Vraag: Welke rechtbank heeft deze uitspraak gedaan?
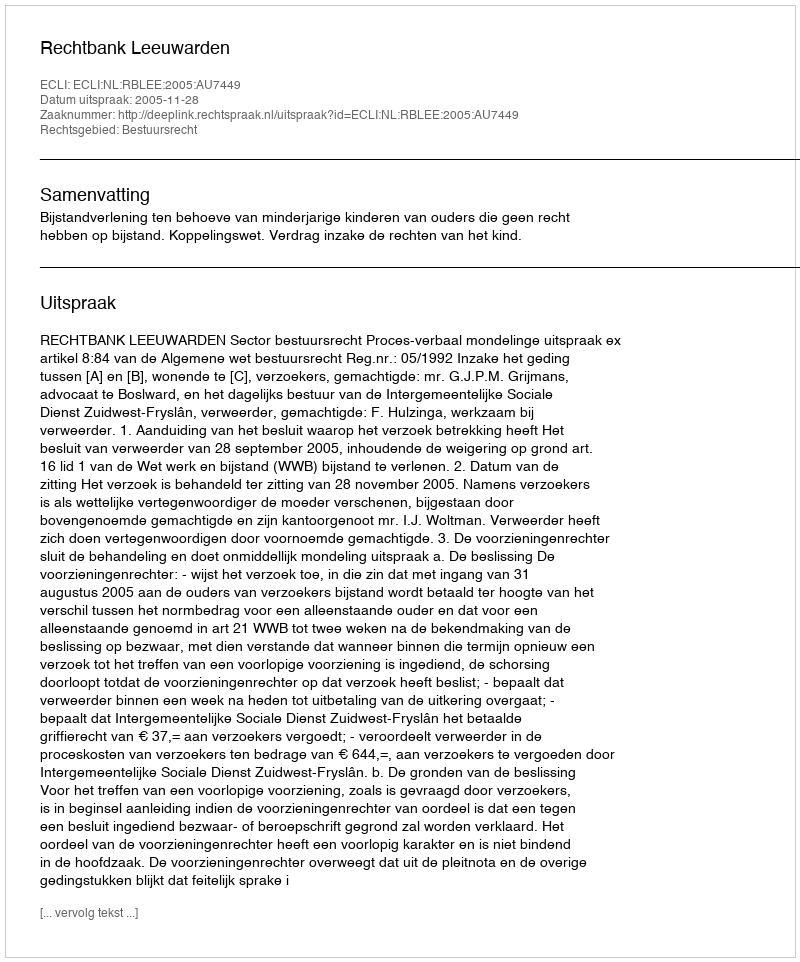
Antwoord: Rechtbank Leeuwarden